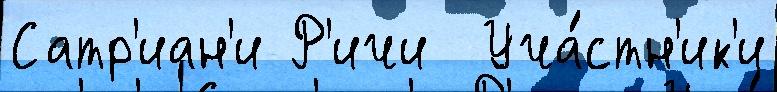
Сатр'иан'и Р'ичи  Уча́стн'ик'и